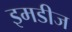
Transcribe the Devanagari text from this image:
इमडीज